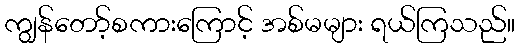
ကျွန်တော့်စကားကြောင့် အစ်မများ ရယ်ကြသည်။